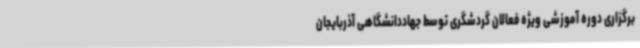
برگزاری دوره آموزشی ویژه فعالان گردشگری توسط جهاددانشگاهی آذربایجان